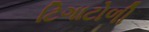
ટિગાટોળી